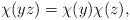
LaTeX: \begin{align*}\chi(yz)=\chi(y)\chi(z),\end{align*}